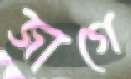
জাগে